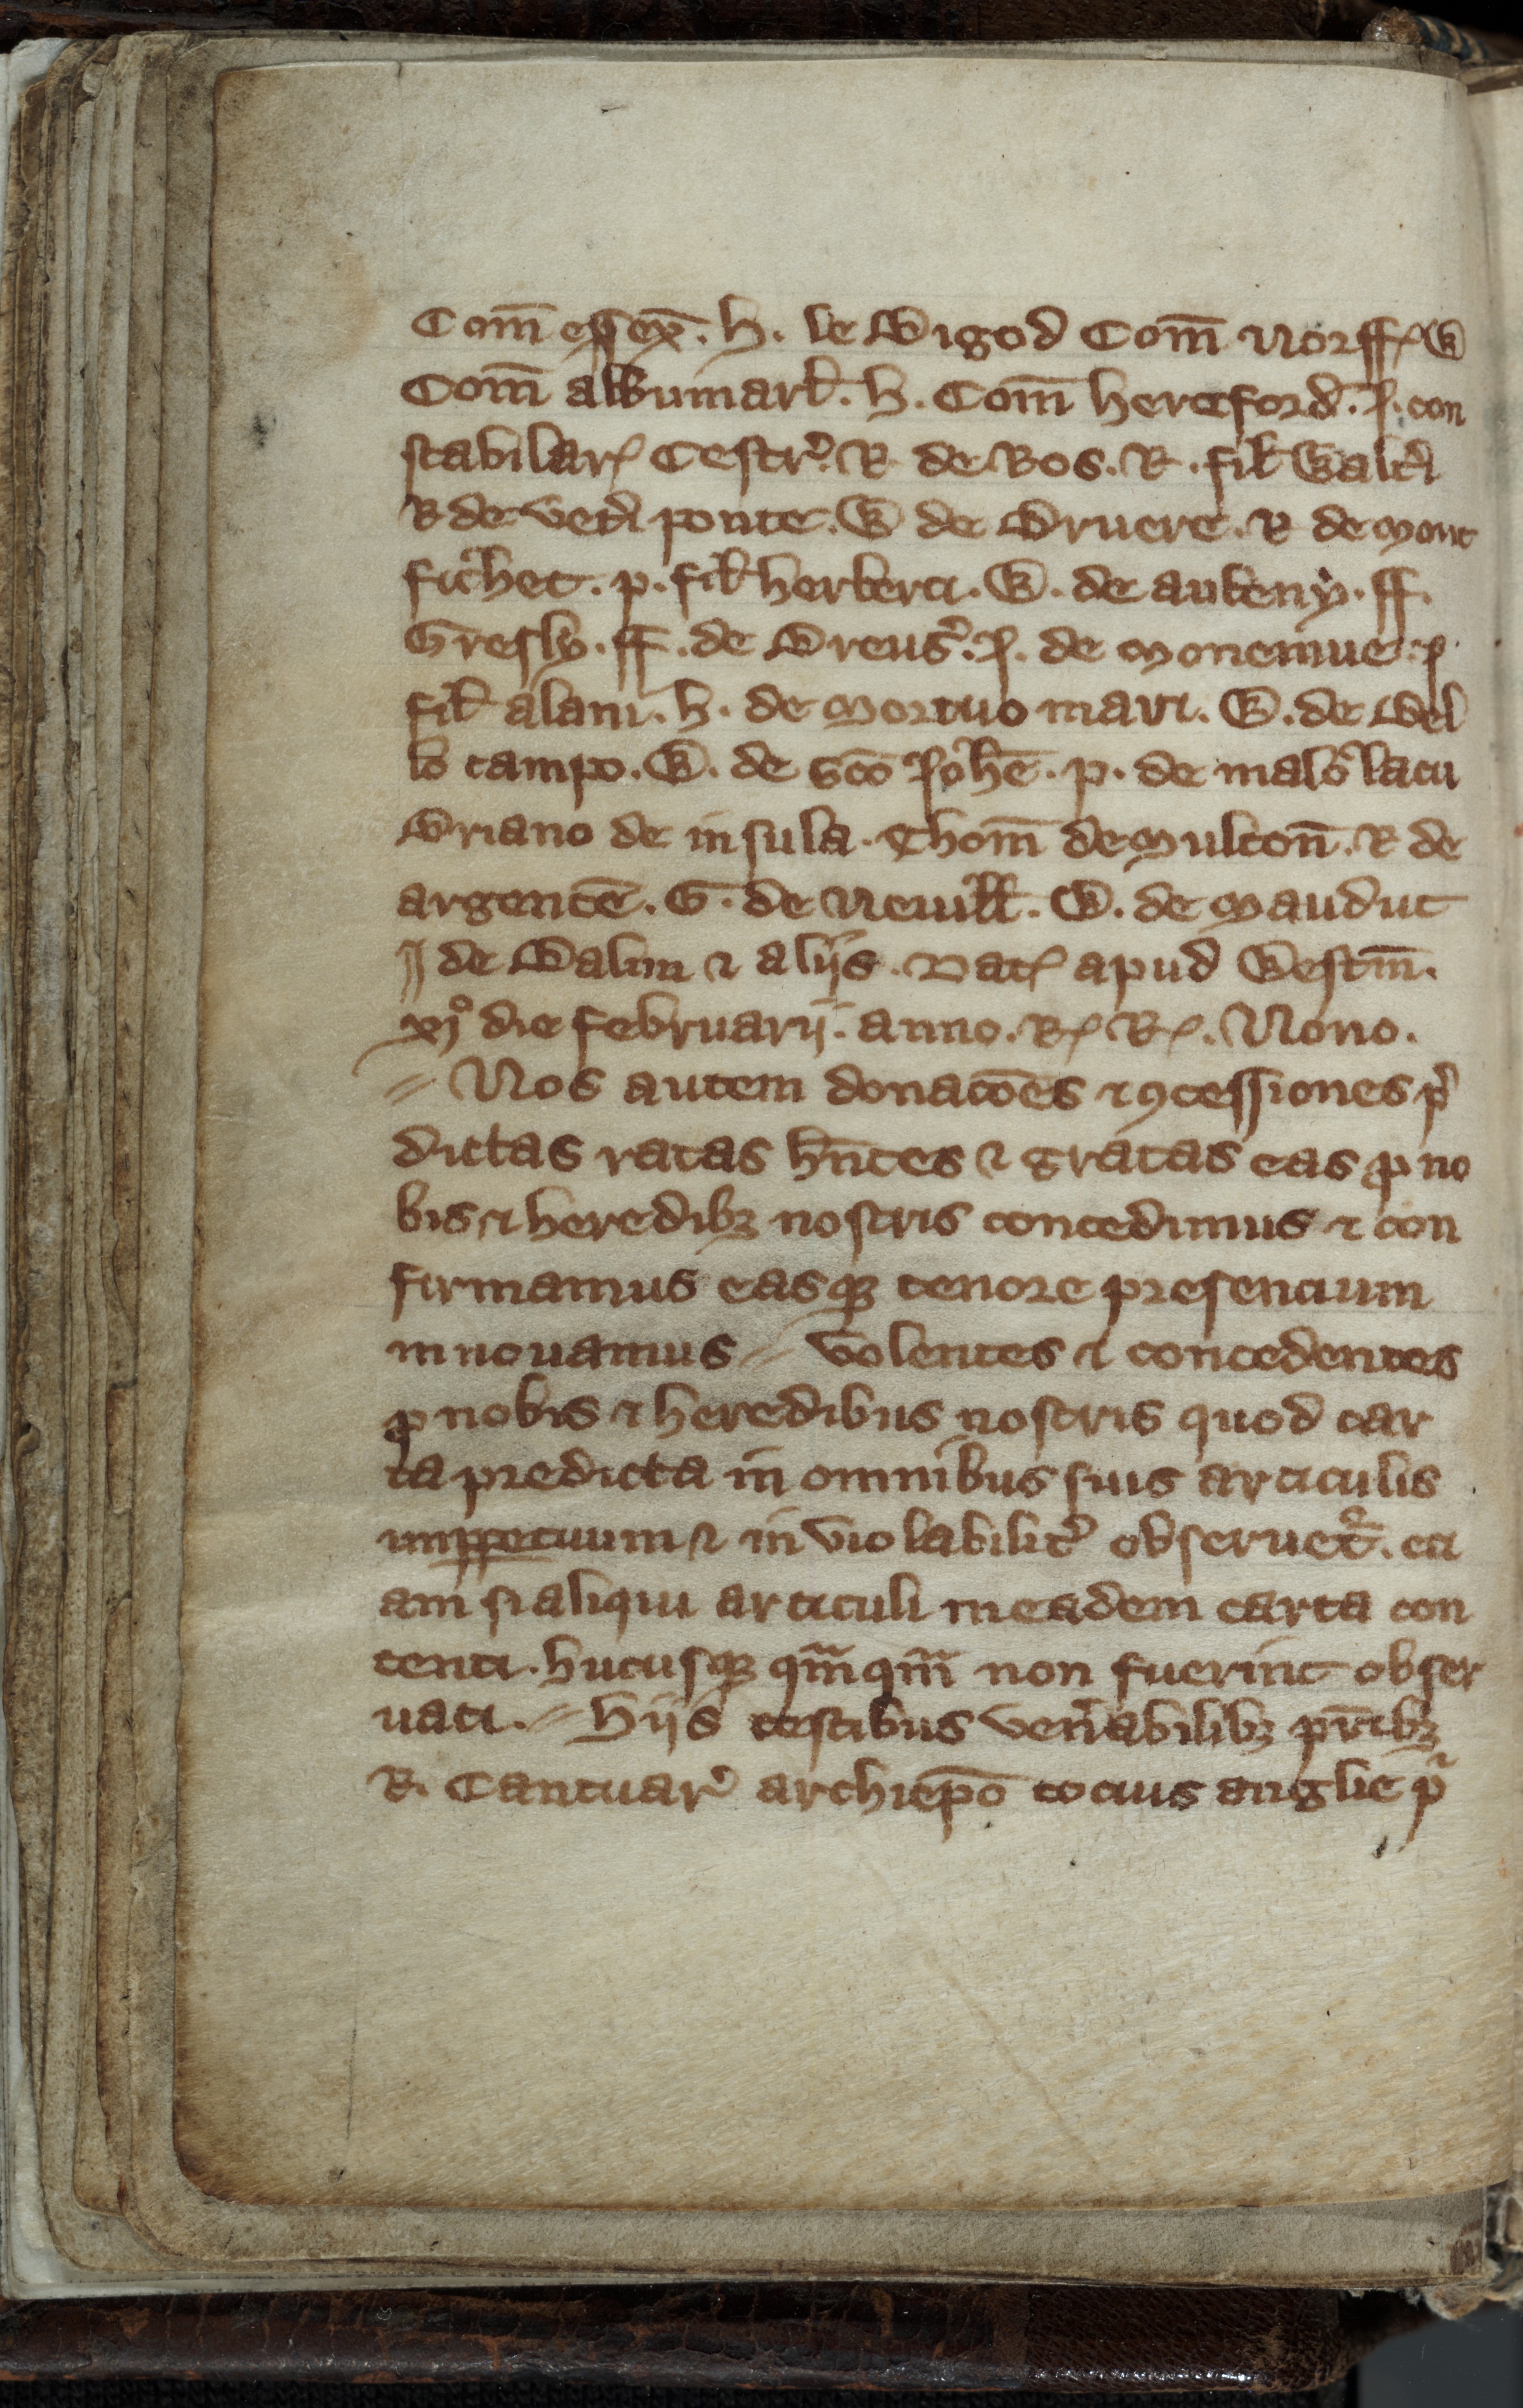
Shelfmark: Toronto, Fisher Library, ms. 01053
Century: 14